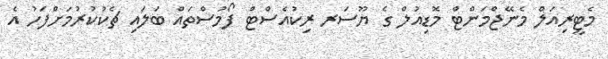
މެޓީރިއަލް މެނޭޖްމަންޓް މޮޑިއުލް ގެ ޔޫސަރ ރިކުއެސްޓް ފޯމުސްތައް ބަލައި ޗެކުކުރުމަށްފަހު އެ